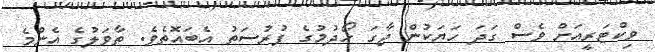
ވިކްޓަރީއަށް ވެސް ގަދަ ހަޔަކުން ޖާގަ ހޯދުމުގެ ފުރުސަތު އެބައޮތެވެ. ތާވަލުގެ އެންމެ